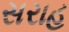
સરાહ